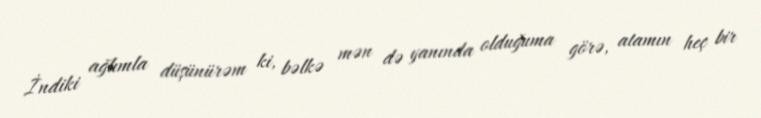
İndiki ağlımla düşünürəm ki, bəlkə mən də yanında olduğuma görə, atamın heç bir